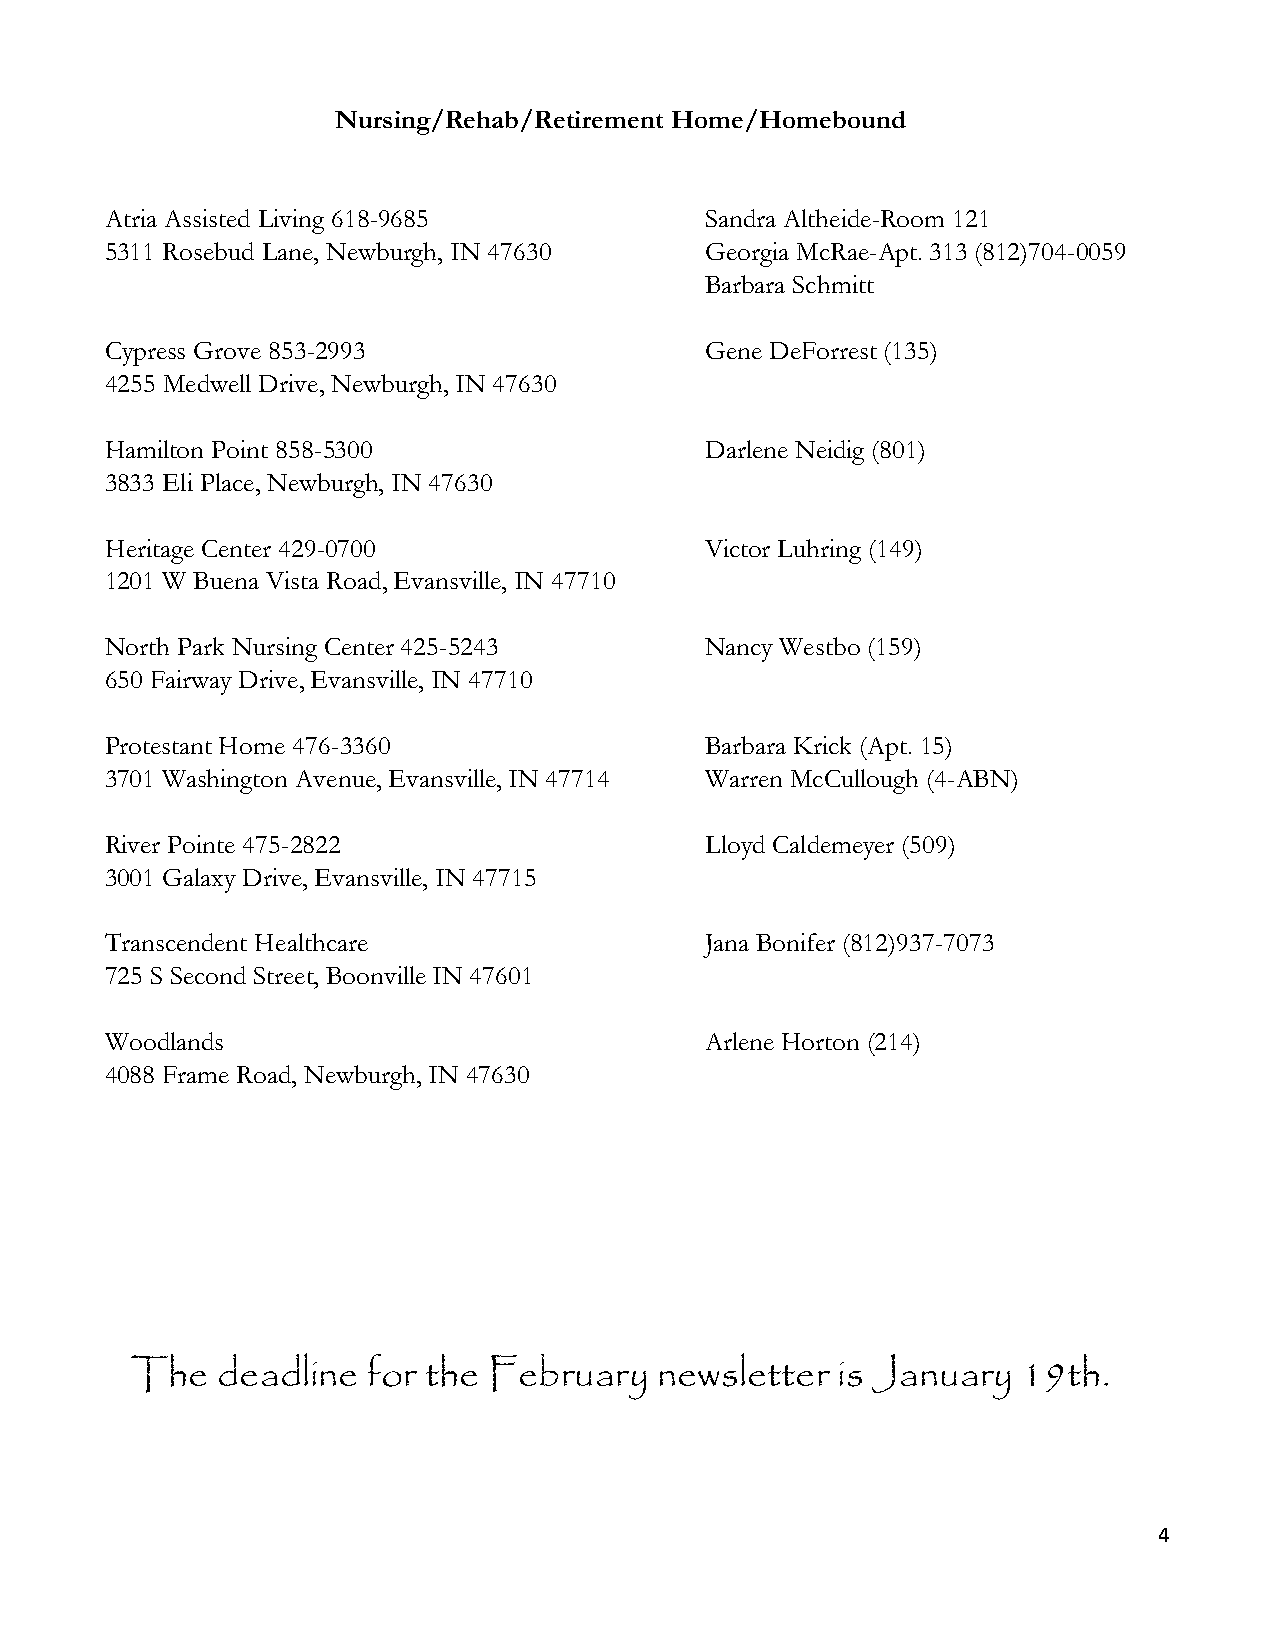
Nursing/Rehab/Retirement Home/Homebound
 Atria Assisted Living 618-9685          Sandra Altheide-Room 121
 5311 Rosebud Lane, Newburgh, IN 47630   Georgia McRae-Apt. 313 (812)704-0059
 Barbara Schmitt
 Cypress Grove 853-2993                  Gene DeForrest (135)
 4255 Medwell Drive, Newburgh, IN 47630
 Hamilton Point 858-5300                 Darlene Neidig (801)
 3833 Eli Place, Newburgh, IN 47630
 Heritage Center 429-0700                Victor Luhring (149)
 1201 W Buena Vista Road, Evansville, IN 47710
 North Park Nursing Center 425-5243      Nancy Westbo (159)
 650 Fairway Drive, Evansville, IN 47710
 Protestant Home 476-3360                Barbara Krick (Apt. 15)
 3701 Washington Avenue, Evansville, IN 47714 Warren McCullough (4-ABN)
 River Pointe 475-2822                   Lloyd Caldemeyer (509)
 3001 Galaxy Drive, Evansville, IN 47715
 Transcendent Healthcare                 Jana Bonifer (812)937-7073
 725 S Second Street, Boonville IN 47601
 Woodlands                               Arlene Horton (214)
 4088 Frame Road, Newburgh, IN 47630
 The  deadline  for the February    newsletter is January   19th.
 4